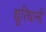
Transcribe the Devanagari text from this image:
धूरिधानी